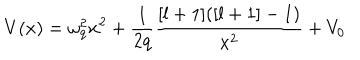
V ( x ) = \omega _ { q } ^ { 2 } x ^ { 2 } + \frac { 1 } { 2 q } \frac { [ l + 1 ] ( [ l + 1 ] - 1 ) } { x ^ { 2 } } + V _ { 0 }